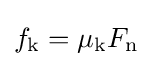
f_{\mathrm {k} }=\mu _{\mathrm {k} }F_{\mathrm {n} }